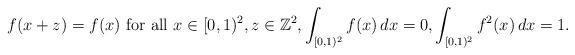
LaTeX: \begin{align*} f(x+z)=f(x) \textnormal{ for all }x\in [0,1)^2,z\in\mathbb{Z}^2, \int_{[0,1)^2}f(x)\,dx=0, \int_{[0,1)^2}f^2(x)\,dx=1.\end{align*}